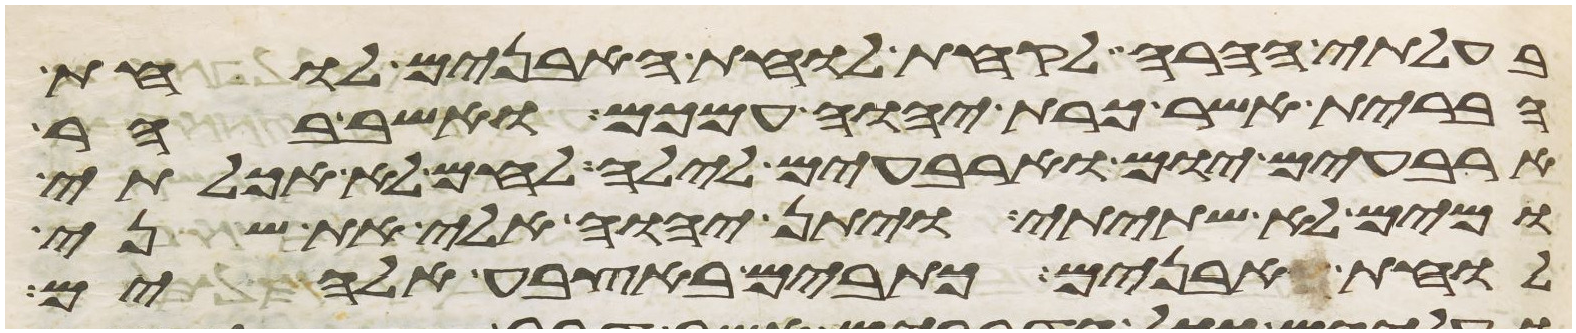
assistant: בעלותי ההרה לקחת לוחות האבנים לוחת
הברית אשר כרת יהוה עמכם ואשב בהר
ארבעים יום וארבעים לילה לחם לא אכלתי
ומים לא שתיתי ויתן יהוה אלי את שני
לוחת אבנים כתובים באצבע אלהים